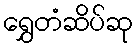
ရွှေတံဆိပ်ဆု